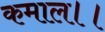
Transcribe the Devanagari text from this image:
कमाल।।